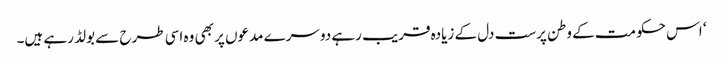
‘ اس حکومت کے وطن پرست دل کے زیادہ قریب رہے دوسرے مدعوں پر بھی وہ اسی طرح سے بولڈ رہے ہیں۔